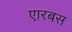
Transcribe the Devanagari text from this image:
एारबस